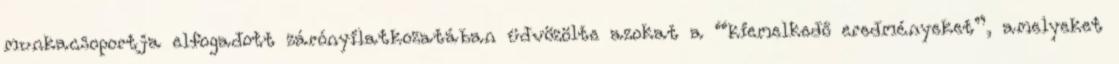
munkacsoportja elfogadott zárónyilatkozatában üdvözölte azokat a “kiemelkedő eredményeket”, amelyeket